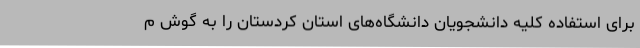
برای استفاده کلیه دانشجویان دانشگاه‌های استان کردستان را به گوش م